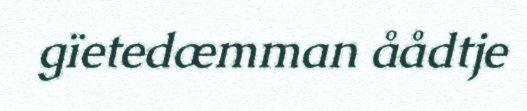
gïetedæmman åådtje